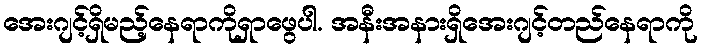
အေးဂျင့်ရှိမည့်နေရာကိုရှာဖွေပါ. အနီးအနားရှိအေးဂျင့်တည်နေရာကို